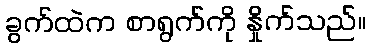
ခွက်ထဲက စာရွက်ကို နှိုက်သည်။